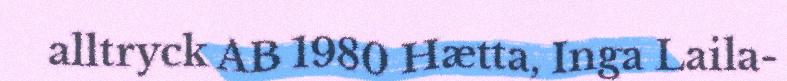
alltryck AB 1980 Hætta, Inga Laila-